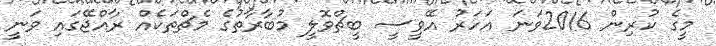
މީގެ ކުރިން 2016ވަނަ އަހަރު އޭވީސީ ބީޗްވޮލީ މުބާރާތުގެ މެޗްތަކެއް ރާއްޖޭގައި ވަނީ